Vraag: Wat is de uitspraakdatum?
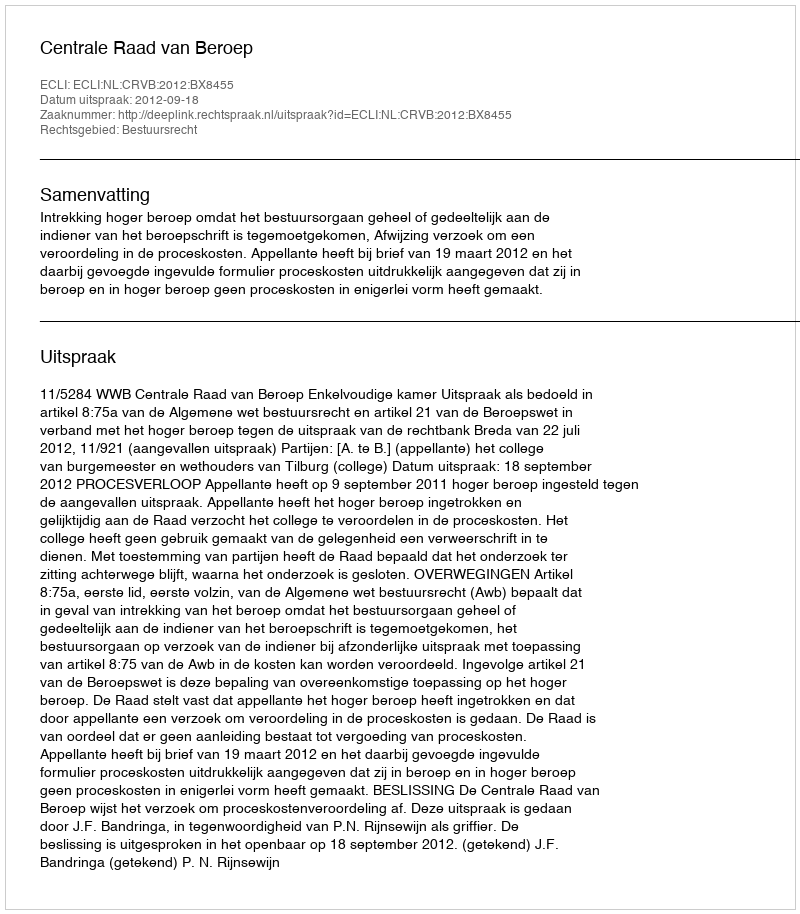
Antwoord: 2012-09-18